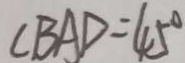
\angle B A D = 4 5 ^ { \circ }